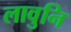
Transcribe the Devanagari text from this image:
लावुनि